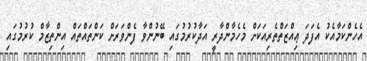
އެހެންކަމާއެކު އެފަދަ ޢިއްޒަތްތެރިއަކަށް މެހެމާންދާރީ އަދާކުރުމުގައި ބޭނުންވާ ފެންވަރަށް ކަންތައްތައް އިންތިޒާމް ކުރުމުގައި